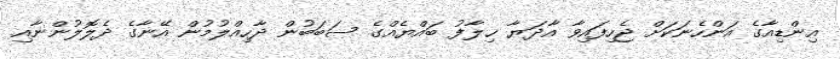
އިންޑިއާގެ އަންހެނަކަށް ޖެހިފައިވާ އާދަޔާ ޚިލާފު ބައްޔެއްގެ ސަބަބުން ދާހިއްލުމުން އޭނާގެ ދެލޮލުންނާއި